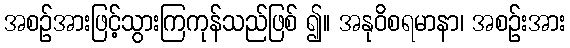
အစဉ်အားဖြင့်သွားကြကုန်သည်ဖြစ် ၍။ အနုဝိစရမာနာ၊ အစဉ်းအား